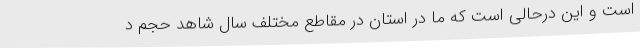
است و این درحالی است که ما در استان در مقاطع مختلف سال شاهد حجم د